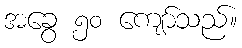
အခွေ ၅၀ ကျော်သည်။